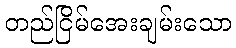
တည်ငြိမ်အေးချမ်းသော